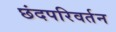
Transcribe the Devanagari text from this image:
छंदपरिवर्तन